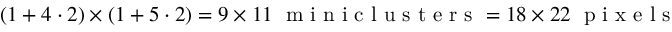
( 1 + 4 \cdot 2 ) \times ( 1 + 5 \cdot 2 ) = 9 \times 1 1 \; \mathrm { ~ m ~ i ~ n ~ i ~ c ~ l ~ u ~ s ~ t ~ e ~ r ~ s ~ } = 1 8 \times 2 2 \; \mathrm { ~ p ~ i ~ x ~ e ~ l ~ s ~ }